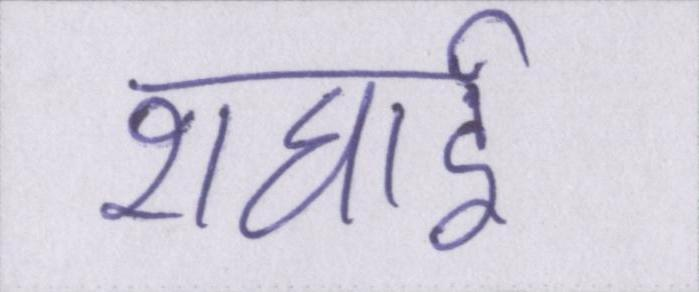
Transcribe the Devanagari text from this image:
शंघाई